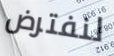
لنفترض